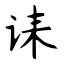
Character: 诔